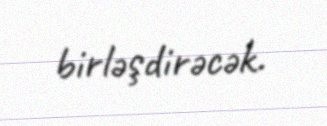
birləşdirəcək.